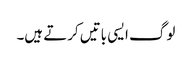
لوگ ایسی باتیں کرتے ہیں۔